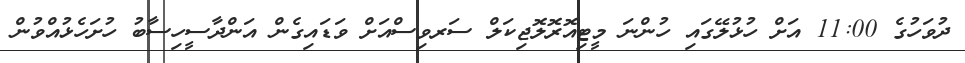
ދުވަހުގެ 11:00 އަށް ހުޅުލޭގައި ހުންނަ މީޓިއޮރޮލޮޖިކަލް ސަރވިސްއަށް ވަޑައިގެން އަންދާސީހިިސާބު ހުށަހެޅުއްވުން